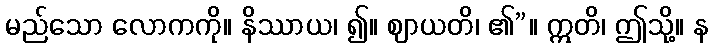
မည်သော လောကကို။ နိဿာယ၊ ၍။ ဈာယတိ၊ ၏”။ ဣတိ၊ ဤသို့။ န